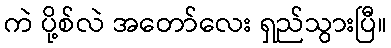
ကဲ ပို့စ်လဲ အတော်လေး ရှည်သွားပြီ။